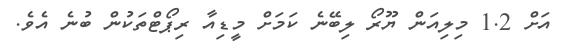
އަށް 1.2 މިލިއަން ޔޫރޯ ލިބޭނެ ކަމަށް މީޑިއާ ރިޕޯޓްތަކުން ބުނެ އެވެ.